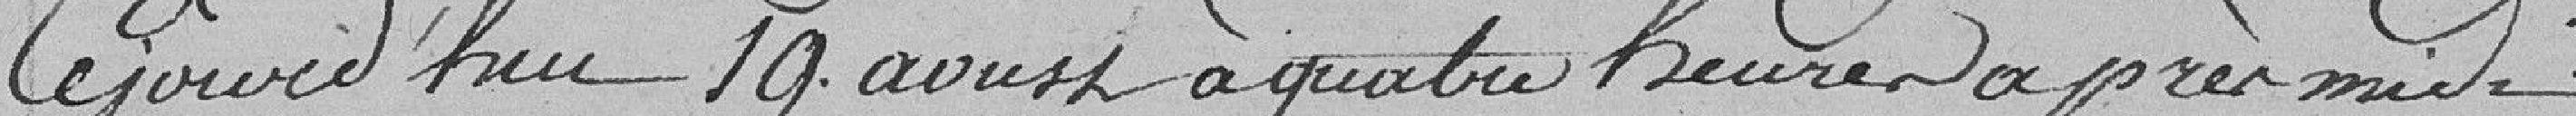
aujourd'hui 19 août à quatre heures après midi